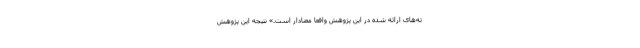
ته‌های ارائه شده در این پژوهش واقعا معنادار است.» نتیجه این پژوهش